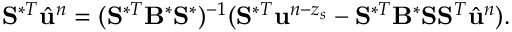
\mathbf { S } ^ { \ast T } \hat { \ensuremath { \mathbf { u } } } ^ { n } = ( \mathbf { S } ^ { \ast T } \mathbf { B } ^ { \ast } \mathbf { S } ^ { \ast } ) ^ { - 1 } ( \mathbf { S } ^ { \ast T } \ensuremath { \mathbf { u } } ^ { n - z _ { s } } - \mathbf { S } ^ { \ast T } \mathbf { B } ^ { \ast } \mathbf { S } \mathbf { S } ^ { T } \hat { \ensuremath { \mathbf { u } } } ^ { n } ) .